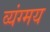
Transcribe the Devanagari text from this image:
व्यंग्मय